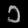
Digit: ၁